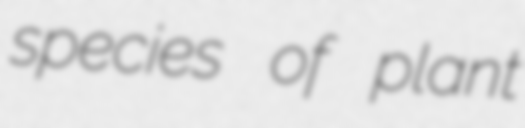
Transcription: species of plant